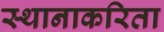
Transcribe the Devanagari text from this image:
स्थानाकरिता